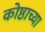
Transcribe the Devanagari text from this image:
कोष्ठाच्या